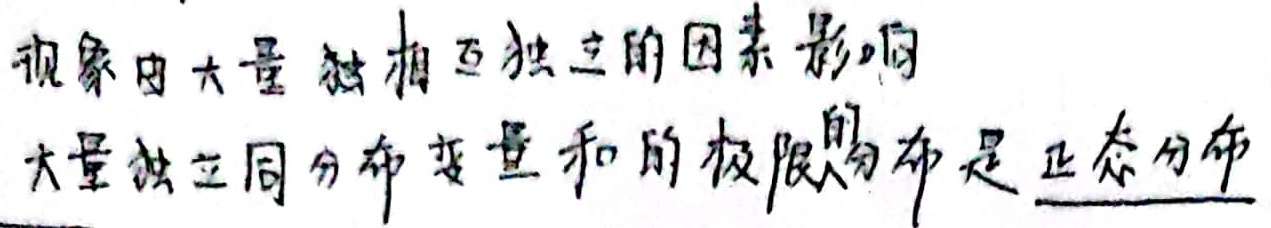
现象由大量相互独立的因素影响，大量独立同分布变量和的极限分布是正态分布